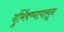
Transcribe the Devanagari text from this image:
दुर्भिक्ष्यापासून